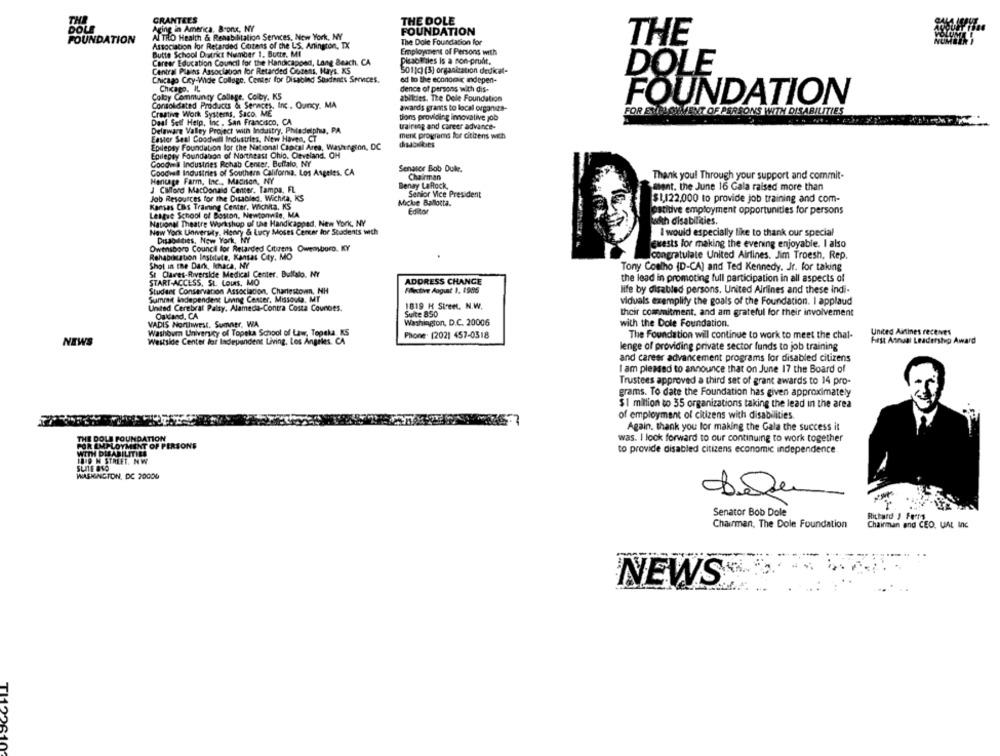
THE
GRANTEES
THE DOLE
DOLE
Aging in America. Bronx, NY
FOUNDATION
Al TRO Health & Rehabilitation Services, New York, NY
FOUNDATION
Association for Retarded Ceizens of the LS. Anington, TX
The Dole Foundation for
THE
Butte School District Number 1. Bucte. MI
Employment of Persons with
Career Education Council for the Handicapped, Long Beach. CA
Picsomnies is a non-profit.
Central Plains Associaton lor Retarded Cotens, Hays. KS
5011c) (3) organization dedicel-
DOLE
Chicago Cry-Wide Collage. Center for Disabled Shaents Services.
ed to the economic indepen-
Chicago, IL
dence of persons with dis-
Colby Community College. Colby. K5
abilies. The Dole Foundation
Consolidated Products & Sernces, Inc. Ouncy, MA
awards grants to local organes-
FOUNDATION
Craatie Work Systems, Saco. ME
FOR EMPLOY
HINT OF PERSONS WITH DISABILITIES
Deal Sell Help, Inc. San Francisco, CA
tions providing innovative job
Delaware Valley Project with Industry, Philadelphu, PA
training and career advance-
ment programs for citizens with
Easier Seal Coodwill Industries, New Haven, CT
disabelkies
Epilepsy Foundation lor the National Capital Area, Washington, DC
Epilepsy Foundation of Northeast Chlo, Orveland. OH
Cocomma Industries Rohab Center, Buffalo, NY
Goodwill Industries of Southern California, Los Angeles, CA
Senator Bob Dukke.
Heritage Farm, Inc ., Madison, NY
Chairman
Thank you! Through your support and commit-
J CIMford MacDonald Center. Tampa, FL
Benay LaRock,
sent. the June 16 Gala raised more than
Job Resources for the Disabled. Wichita, KS
Senior Vice President
Micke Ballotta.
$1,122,000 to provide job training and com-
Kansas CIs Training Center, Wichita, KS
Editor
satitive employment opportunities for persons
Lastre School of Boston, Newtonwie, MA
National Theatre Workshop of the Handicappad, New York, NY
ath disabilities.
New York University, Henry & Lucy Moses Center Ine Students with
I would especially like to thank our special
Disabilities, New York, NY
Owensboro Council for Retarded Citizens Owensboro. KY
guests for making the evening enjoyable. I also
Rehabilitation Institute, Kansas City, MO
congratulate United Airlines. Jim Troesh, Rep.
Shot in the Dark, khaca, NY
St Claves-Riverside Medical Center. Buttato, NY
Tony Coelho (D-CA) and Ted Kennedy. Jr. for taking
the lead in promoting full participation in all aspects of
START-ACCESS, St. Louis, MO
ADDRESS CHANGE
Student Conservation Association. Charlestown, NH
Filective August 1. 1996
life by disabled persons. United Airlines and these Indi-
Summit independent Living Center, Missoula, MT
viduals exemplify the goals of the Foundation. I applaud
United Cerebral Palsy. Alameda-Contra Costa Counoes.
1819 H Street. N.W.
Oaidand, CA
Suite 850
their commitment, and am grateful for their involvement
VADIS Northwest. Sumner, WA
Washington, D.C. 20006
with the Dole Foundation.
Washoum University of Topeka School of Law, Topeka KS
United Airlines receives
Westside Center for Independent Living, Los Angeles, CA
Phone: (2021 457-0318
The Foundation will continue to work to meet the chal-
Fest Annual Leadership Award
NEWS
lenge of providing private sector funds to job training
and career advancement programs for disabled citizens
I am pleased to announce that on June 17 the Board of
Trustees approved a third set of grant awards to 14 pro-
grams. To date the Foundation has given approximately
$1 million to 35 organizations taking the lead in the area
of employment of citizens with disabilities.
Again, thank you for making the Gala the success it
THE DOLE FOUNDATION
was. I look forward to our continuing to work together
FOR EMPLOYMENT OF PERSONS
WITH DISABILITIES
to provide disabled citizens economic independence
1BIS N STREET, NW
SUITE 8SO
WASHINGTON, DC 20000
Senator Bob Dole
Richard J Fears
Chairman, The Dole Foundation
Chairman and CEO, UAL Inc
NEWS&#